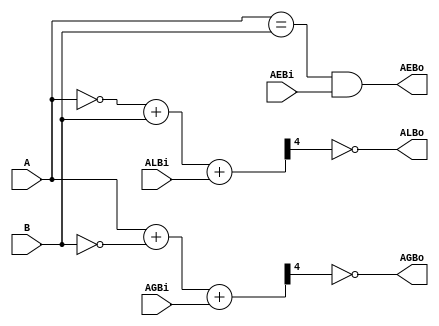
module comparador_85 #(parameter N = 4)(
                input [N-1:0] A, 
                input [N-1:0] B,
                input       ALBi, 
                input       AGBi, 
                input       AEBi,  
                output      ALBo, 
                output      AGBo, 
                output      AEBo
                );

    wire[N:0]  CSL, CSG;

    assign CSL  = ~A + B + ALBi;
    assign ALBo = ~CSL[N];
    assign CSG  = A + ~B + AGBi;
    assign AGBo = ~CSG[N];
    assign AEBo = ((A == B) && AEBi);

endmodule